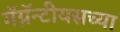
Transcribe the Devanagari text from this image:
मॅग्नॅन्टीयसच्या